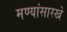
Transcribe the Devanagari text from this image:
मण्यांसारखे